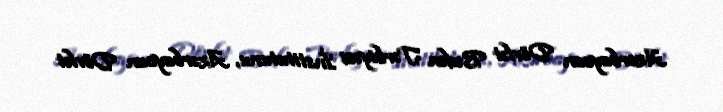
Azərbaycan Dövlət Bədən Tərbiyəsi İnstitutunu, Azərbaycan Dövlət